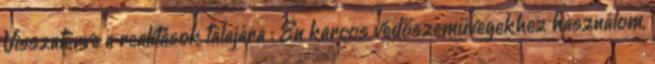
Visszatérve a realitások talajára : Én karcos védőszemüvegekhez használom,